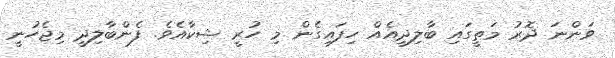
ވަންނަ ދޮރު މަތީގައި ބާލިދީއެއް ހިފައިގެން މި ހުރީ ޝިކާއެވެ. ފެންބާލިދީ މިޖެހުނީ